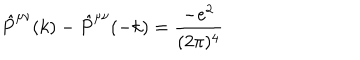
LaTeX: \hat { P } ^ { \mu \nu } ( k ) - \hat { P } ^ { \mu \nu } ( - k ) = \frac { - e ^ { 2 } } { ( 2 \pi ) ^ { 4 } }